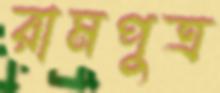
রামপুত্র